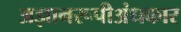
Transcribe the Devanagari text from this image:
अज्ञानरूपीअंधकार